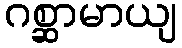
ဂစ္ဆာမာယျ